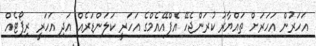
އަހަރުން އަހަރަށް ތައްޔާރު ކުރަންޖެހޭ އެފްއޭއެމްގެ އަހަރީ ކަލަންޑަރެއް އަދި އަހަރީ ރިޕޯޓެއް